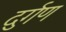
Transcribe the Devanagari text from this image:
दुर्गण